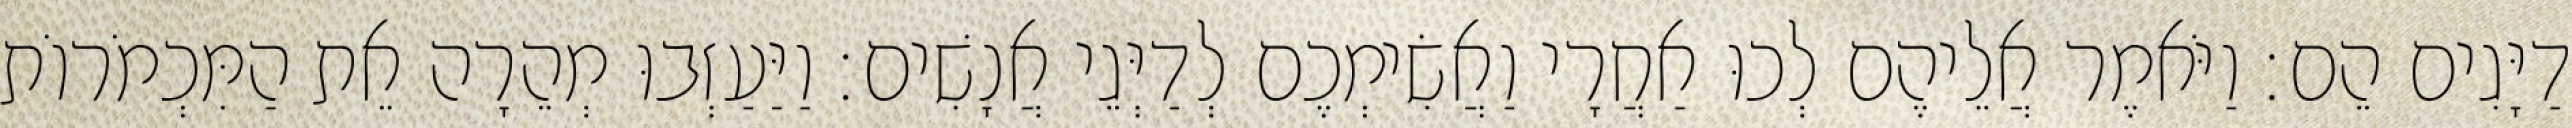
דַיָּגִים הֵם׃ וַיֹּאמֶר אֲלֵיהֶם לְכוּ אַחֲרָי וַאֲשִׂימְכֶם לְדַיְּגֵי אֲנָשִׁים׃ וַיַּעַזְבוּ מְהֵרָה אֵת הַמִּכְמֹרוֹת